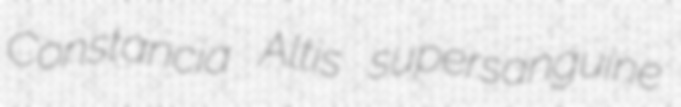
Constancia Altis supersanguine